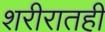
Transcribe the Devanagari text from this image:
शरीरातही